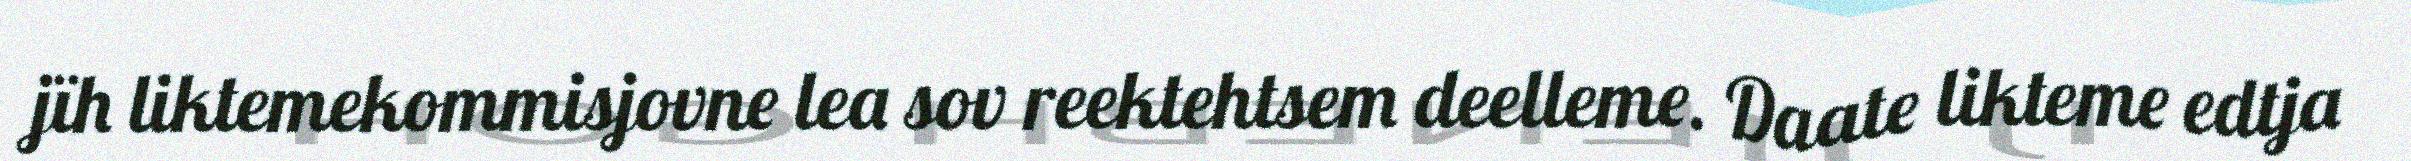
jïh liktemekommisjovne lea sov reektehtsem deelleme. Daate likteme edtja